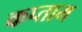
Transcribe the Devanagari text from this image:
कप्ताम